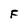
Character: F